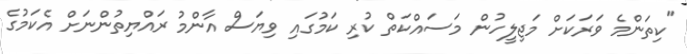
"ކިތަންމެ ވަރަކަށް މަޖިލީހުން މަސައްކަތް ކުރި ކަމުގައި ވިޔަސް އާންމު ރައްޔިތުންނަށް އެކަމުގެ